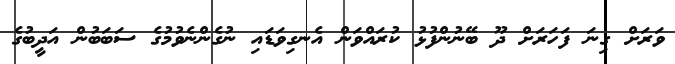
ވަރަށް ގިނަ ފަހަރަށް ދޫ ބޭނުންފުޅު ކުރައްވަން އެނގިވަޑައި ނުގެންނެވުމުގެ ސަބަބުން އަދީބުގެ